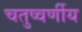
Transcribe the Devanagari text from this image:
चतुष्वर्णीय